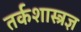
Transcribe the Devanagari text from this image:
तर्कशास्त्रज्ञ